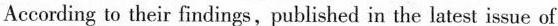
According to their findings,published in the latest issue of